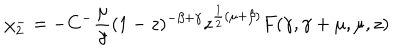
LaTeX: \chi _ { 2 } ^ { - } = - C ^ { - } \frac { \mu } { \gamma } ( 1 - z ) ^ { - \beta + \gamma } z ^ { \frac { 1 } { 2 } ( \mu + \beta ) } F ( \gamma , \gamma + \mu , \mu , z )